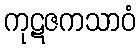
ကုဋဇကသာဝံ